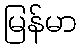
မြန်မာ